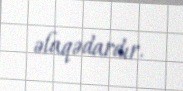
əlaqədardır.